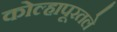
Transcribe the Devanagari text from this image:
कोल्हापूरतले